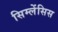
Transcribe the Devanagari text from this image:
सिम्लेंसिस